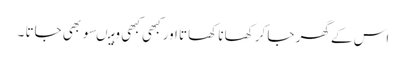
اس کے گھر جا کر کھانا کھاتا اور کبھی کبھی وہیںسو بھی جاتا ۔